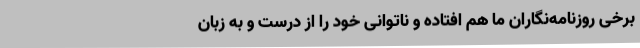
برخی روزنامه‌نگاران ما هم افتاده و ناتوانی خود را از درست و به زبان